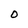
Character: O